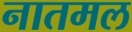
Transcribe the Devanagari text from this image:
नातमल